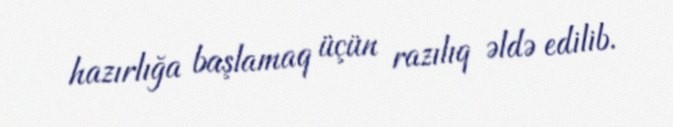
hazırlığa başlamaq üçün razılıq əldə edilib.